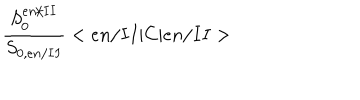
\frac { S _ { 0 } ^ { e n / I I } } { S _ { 0 , e n / I I } } < e n / I I | C | e n / I I >